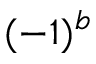
( - 1 ) ^ { b }